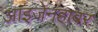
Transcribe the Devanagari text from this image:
आइजेनहाबर